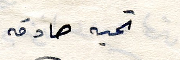
تحية صادقه